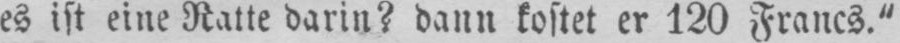
es ist eine Ratte darin? dann kostet er 120 Francs.”